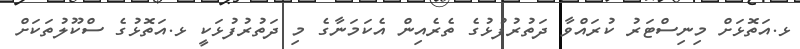
ޅ.އަތޮޅަށް މިނިސްޓަރު ކުރައްވާ ދަތުރުފުޅުގެ ތެރެއިން އެކަމަނާގެ މި ދަތުރުފުޅަކީ ޅ.އަތޮޅުގެ ސްކޫލުތަކަށް